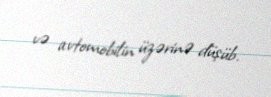
və avtomobilin üzərinə düşüb.